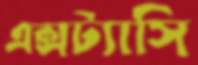
এক্সট্যাসি